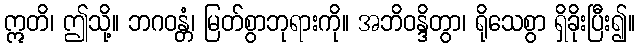
ဣတိ၊ ဤသို့။ ဘဂဝန္တံ၊ မြတ်စွာဘုရားကို။ အဘိဝန္ဒိတွာ၊ ရိုသေစွာ ရှိခိုးပြီး၍။